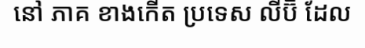
នៅ ភាគ ខាងកើត ប្រទេស លីប៊ី ដែល